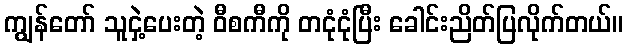
ကျွန်တော် သူငှဲ့ပေးတဲ့ ဝီစကီကို တငုံငုံပြီး ခေါင်းညိတ်ပြလိုက်တယ်။